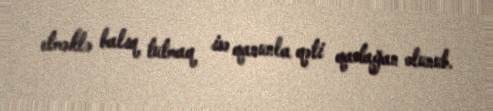
etməklə balıq tutmaq isə qanunla qəti qadağan olunub.